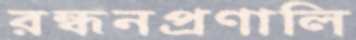
রন্ধনপ্রণালি